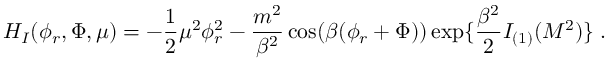
{ \cal H } _ { I } ( \phi _ { r } , \Phi , \mu ) = - { \frac { 1 } { 2 } } \mu ^ { 2 } \phi _ { r } ^ { 2 } - { \frac { m ^ { 2 } } { \beta ^ { 2 } } } \cos ( \beta ( \phi _ { r } + \Phi ) ) \exp \{ { \frac { \beta ^ { 2 } } { 2 } } I _ { ( 1 ) } ( { \cal M } ^ { 2 } ) \} \; .